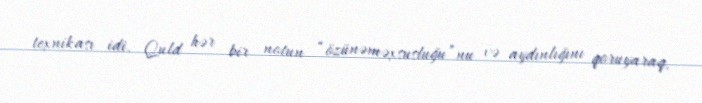
texnikası idi. Quld hər bir notun “özünəməxsusluğu”nu və aydınlığını qoruyaraq,